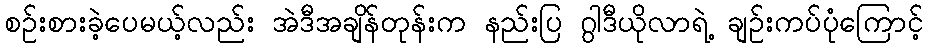
စဉ်းစားခဲ့ပေမယ့်လည်း အဲဒီအချိန်တုန်းက နည်းပြ ဂွါဒီယိုလာရဲ့ ချဉ်းကပ်ပုံကြောင့်